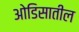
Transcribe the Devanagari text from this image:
ओडिसातील